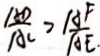
\frac { A D } { A C } > \frac { A F } { A E }